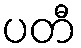
ပတီ